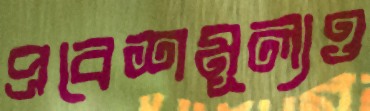
প্রবেশমূল্যও